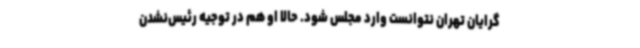
گرایان تهران نتوانست وارد مجلس شود. حالا او هم در توجیه رئیس‌نشدن